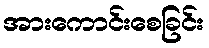
အားကောင်းစေခြင်း